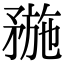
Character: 𥍸